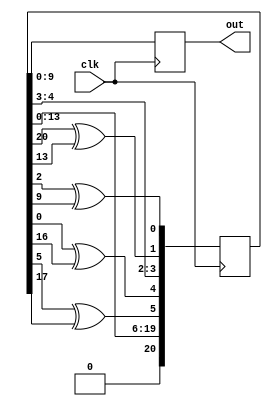
`timescale 1ns / 1ps

module ran(
    input clk,
    output reg [9:0] out
    );
	 
	 reg [20:0] rand;
	 initial rand = ~(20'b0);
	 reg [20:0] next;
	 wire f0, f1, f2, f3;
	 	 
	 assign f0 = rand[20] ^ rand[13];
	 assign f1 = rand[2] ^ rand [9];
	 assign f2 = rand[0] ^ rand[16];
	 assign f3 = rand[5] ^ rand[17]; 
	 
	 always @ (posedge clk)
	 begin
		rand <= next;
		out = rand[9:0];
	 end
	 
	 always@*
	 begin
		next = {rand[13:0],f3, f2, rand[4:3], f0, f1};
	 end

endmodule